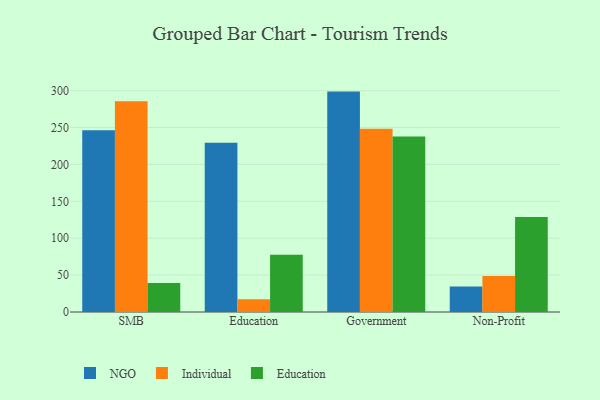
{"axis": {"x": "Segment", "y": "Population (Million)"}, "legend": ["Education", "Individual", "NGO"], "data": [{"x": "SMB", "y": 246.4, "type": "NGO"}, {"x": "SMB", "y": 285.6, "type": "Individual"}, {"x": "SMB", "y": 39.2, "type": "Education"}, {"x": "Education", "y": 229.4, "type": "NGO"}, {"x": "Education", "y": 17.4, "type": "Individual"}, {"x": "Education", "y": 77.7, "type": "Education"}, {"x": "Government", "y": 298.7, "type": "NGO"}, {"x": "Government", "y": 248.3, "type": "Individual"}, {"x": "Government", "y": 237.8, "type": "Education"}, {"x": "Non-Profit", "y": 34.6, "type": "NGO"}, {"x": "Non-Profit", "y": 48.9, "type": "Individual"}, {"x": "Non-Profit", "y": 128.6, "type": "Education"}]}